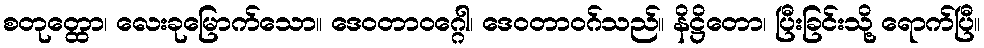
စတုတ္ထော၊ လေးခုမြောက်သော။ ဒေဝတာဝဂ္ဂေါ၊ ဒေဝတာဝဂ်သည်။ နိဋ္ဌိတော၊ ပြီးခြင်းသို့ ရောက်ပြီ။